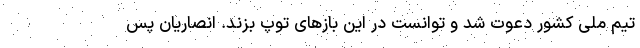
تیم ملی کشور دعوت شد و توانست در این بازهای توپ بزند. انصاریان پس